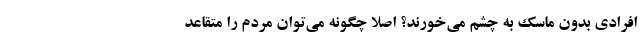
افرادی بدون ماسک به چشم می‌خورند؟ اصلا چگونه می‌توان مردم را متقاعد